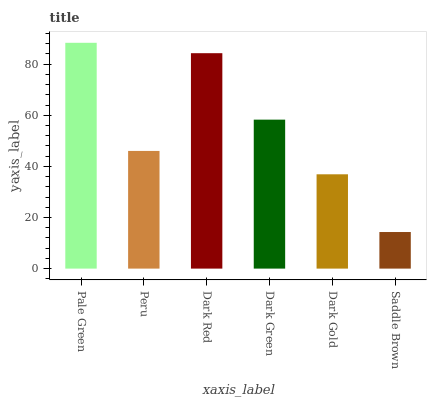
| xaxis_label | bars |
 | --- | --- |
 | Pale Green | 88.4 |
 | Peru | 46.1 |
 | Dark Red | 84.3 |
 | Dark Green | 58.3 |
 | Dark Gold | 36.9 |
 | Saddle Brown | 14.3 |